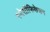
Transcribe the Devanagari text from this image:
स्पेसीफिकेशन